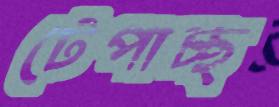
টেপাচ্ছ